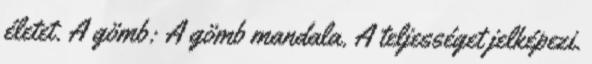
életet. A gömb: A gömb mandala. A teljességet jelképezi.